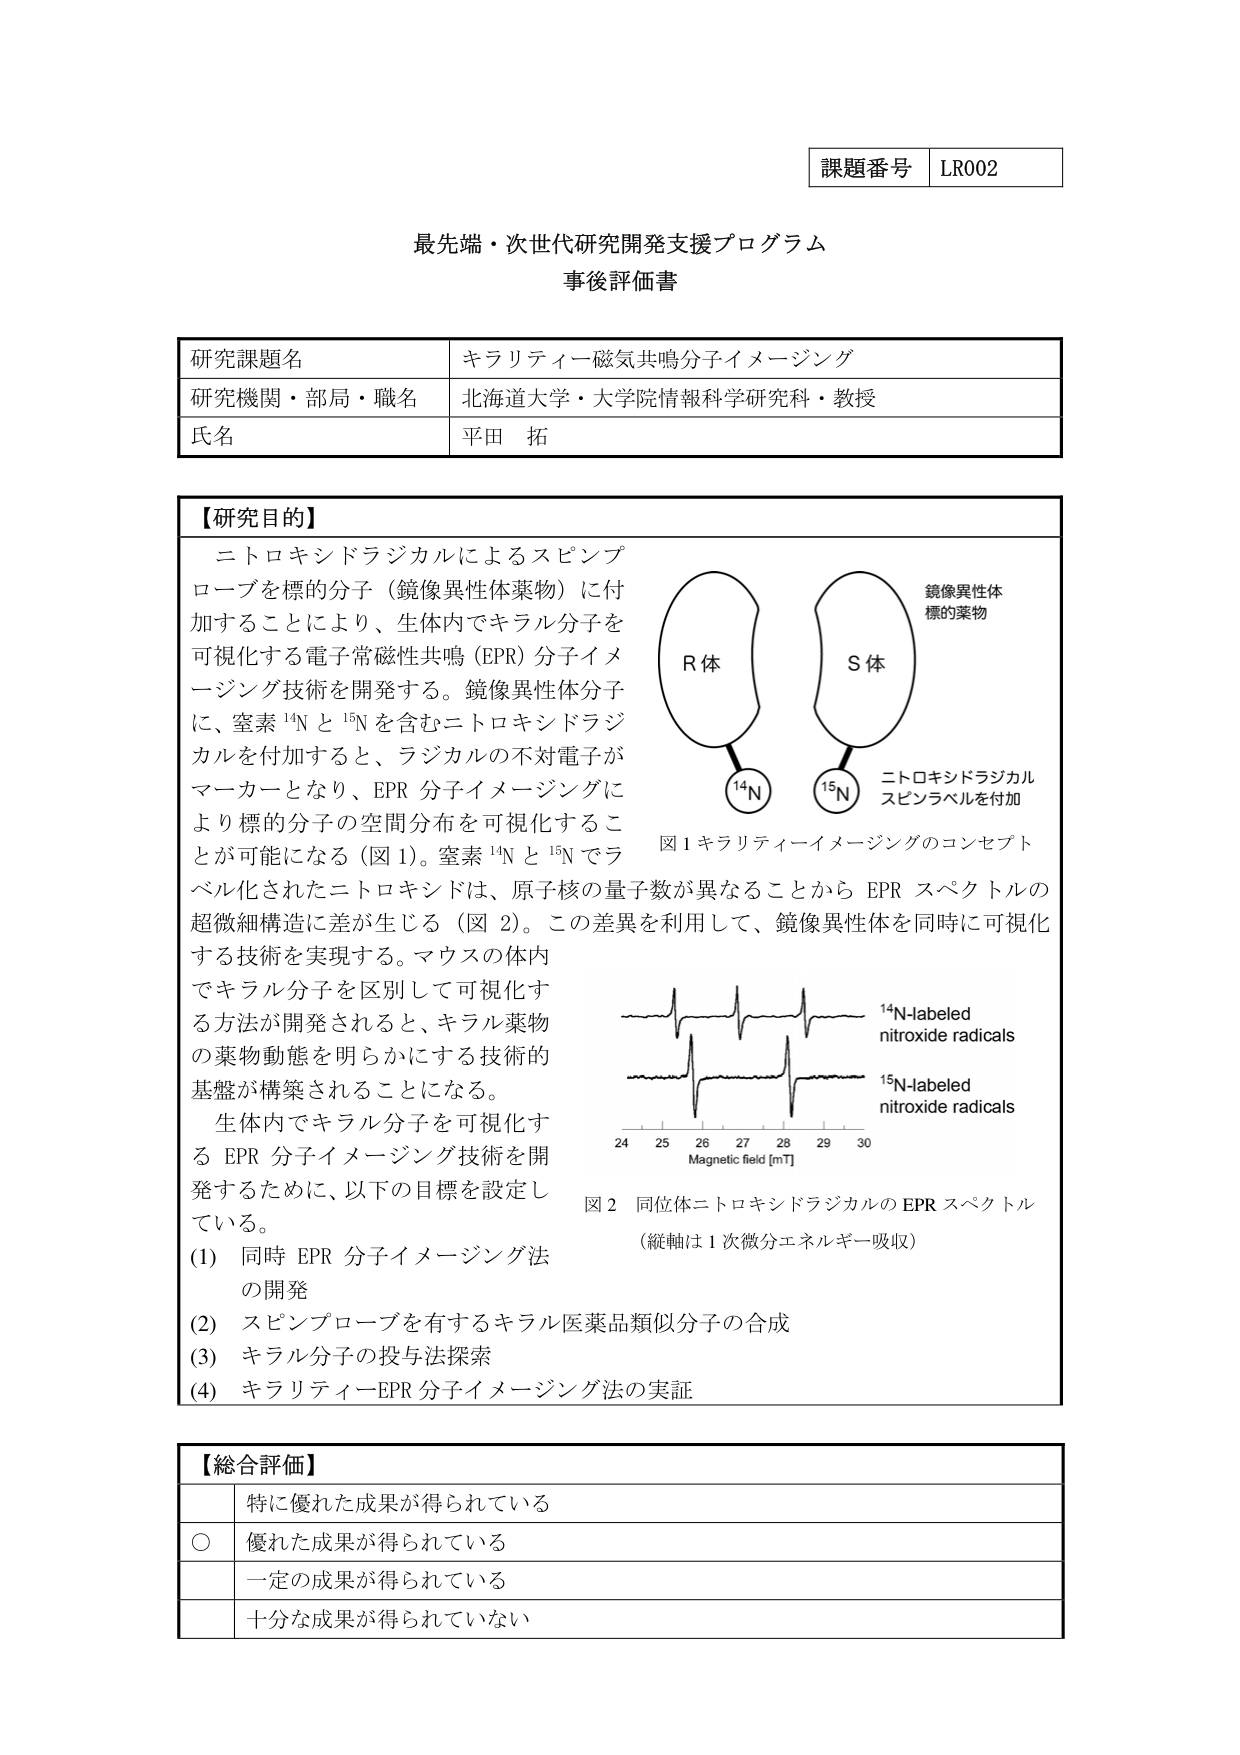
課題番号 LR002

最先端・次世代研究開発支援プログラム
事後評価書

研究課題名 キラリティー磁気共鳴分子イメージング
研究機関・部局・職名 北海道大学・大学院情報科学研究科・教授
氏名 平田 拓

【研究目的】
ニトロキシドラジカルによるスピンプローブを標的分子（鏡像異性体薬物）に付加することにより、生体内でキラル分子を可視化する電子常磁性共鳴（EPR）分子イメージング技術を開発する。鏡像異性体分子に、窒素¹⁴N と¹⁵N を含むニトロキシドラジカルを付加すると、ラジカルの不対電子がマーカーとなり、EPR 分子イメージングにより標的分子の空間分布を可視化することが可能になる（図1）。窒素¹⁴N と¹⁵N でラベル化されたニトロキシドは、原子核の量子数が異なることから EPR スペクトルの超微細構造に差が生じる（図2）。この差異を利用して、鏡像異性体を同時に可視化する技術を実現する。マウスの体内でキラル分子を区別して可視化する方法が開発されると、キラル薬物の薬物動態を明らかにする技術的基盤が構築されることになる。
生体内でキラル分子を可視化する EPR 分子イメージング技術を開発するために、以下の目標を設定している。
(1) 同時 EPR 分子イメージング法の開発
(2) スピンプローブを有するキラル医薬品類似分子の合成
(3) キラル分子の投与法探索
(4) キラリティーEPR 分子イメージング法の実証

図1 キラリティーイメージングのコンセプト
R体 ¹⁴N
S体 ¹⁵N
鏡像異性体
標的薬物
ニトロキシドラジカル
スピンラベルを付加

図2 同位体ニトロキシドラジカルの EPR スペクトル
（縦軸は1次微分エネルギー吸収）
¹⁴N-labeled nitroxide radicals
¹⁵N-labeled nitroxide radicals
24 25 26 27 28 29 30
Magnetic field [mT]

【総合評価】
特に優れた成果が得られている
○ 優れた成果が得られている
一定の成果が得られている
十分な成果が得られていない